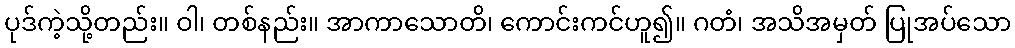
ပုဒ်ကဲ့သို့တည်း။ ဝါ၊ တစ်နည်း။ အာကာသောတိ၊ ကောင်းကင်ဟူ၍။ ဂတံ၊ အသိအမှတ် ပြုအပ်သော